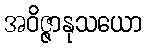
အဝိဇ္ဇာနုသယော